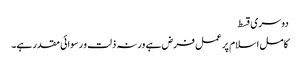
دوسری قسط
کامل اسلام پر عمل فرض ہے ورنہ ذلت و رسوائی مقدر ہے۔